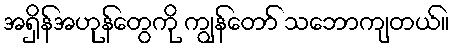
အရှိန်အဟုန်တွေကို ကျွန်တော် သဘောကျတယ်။